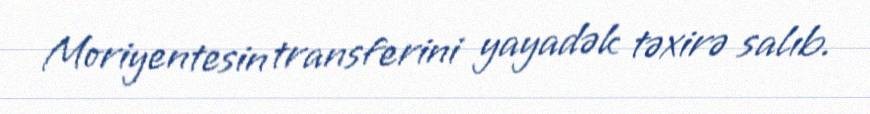
Moriyentesin transferini yayadək təxirə salıb.